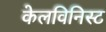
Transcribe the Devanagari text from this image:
केलविनिस्ट